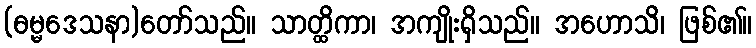
(ဓမ္မဒေသနာ)တော်သည်။ သာတ္ထိကာ၊ အကျိုးရှိသည်။ အဟောသိ၊ ဖြစ်၏။